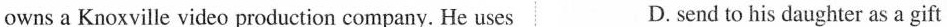
owns a Knoxville video production company. He uses D. send to his daughter as a gift